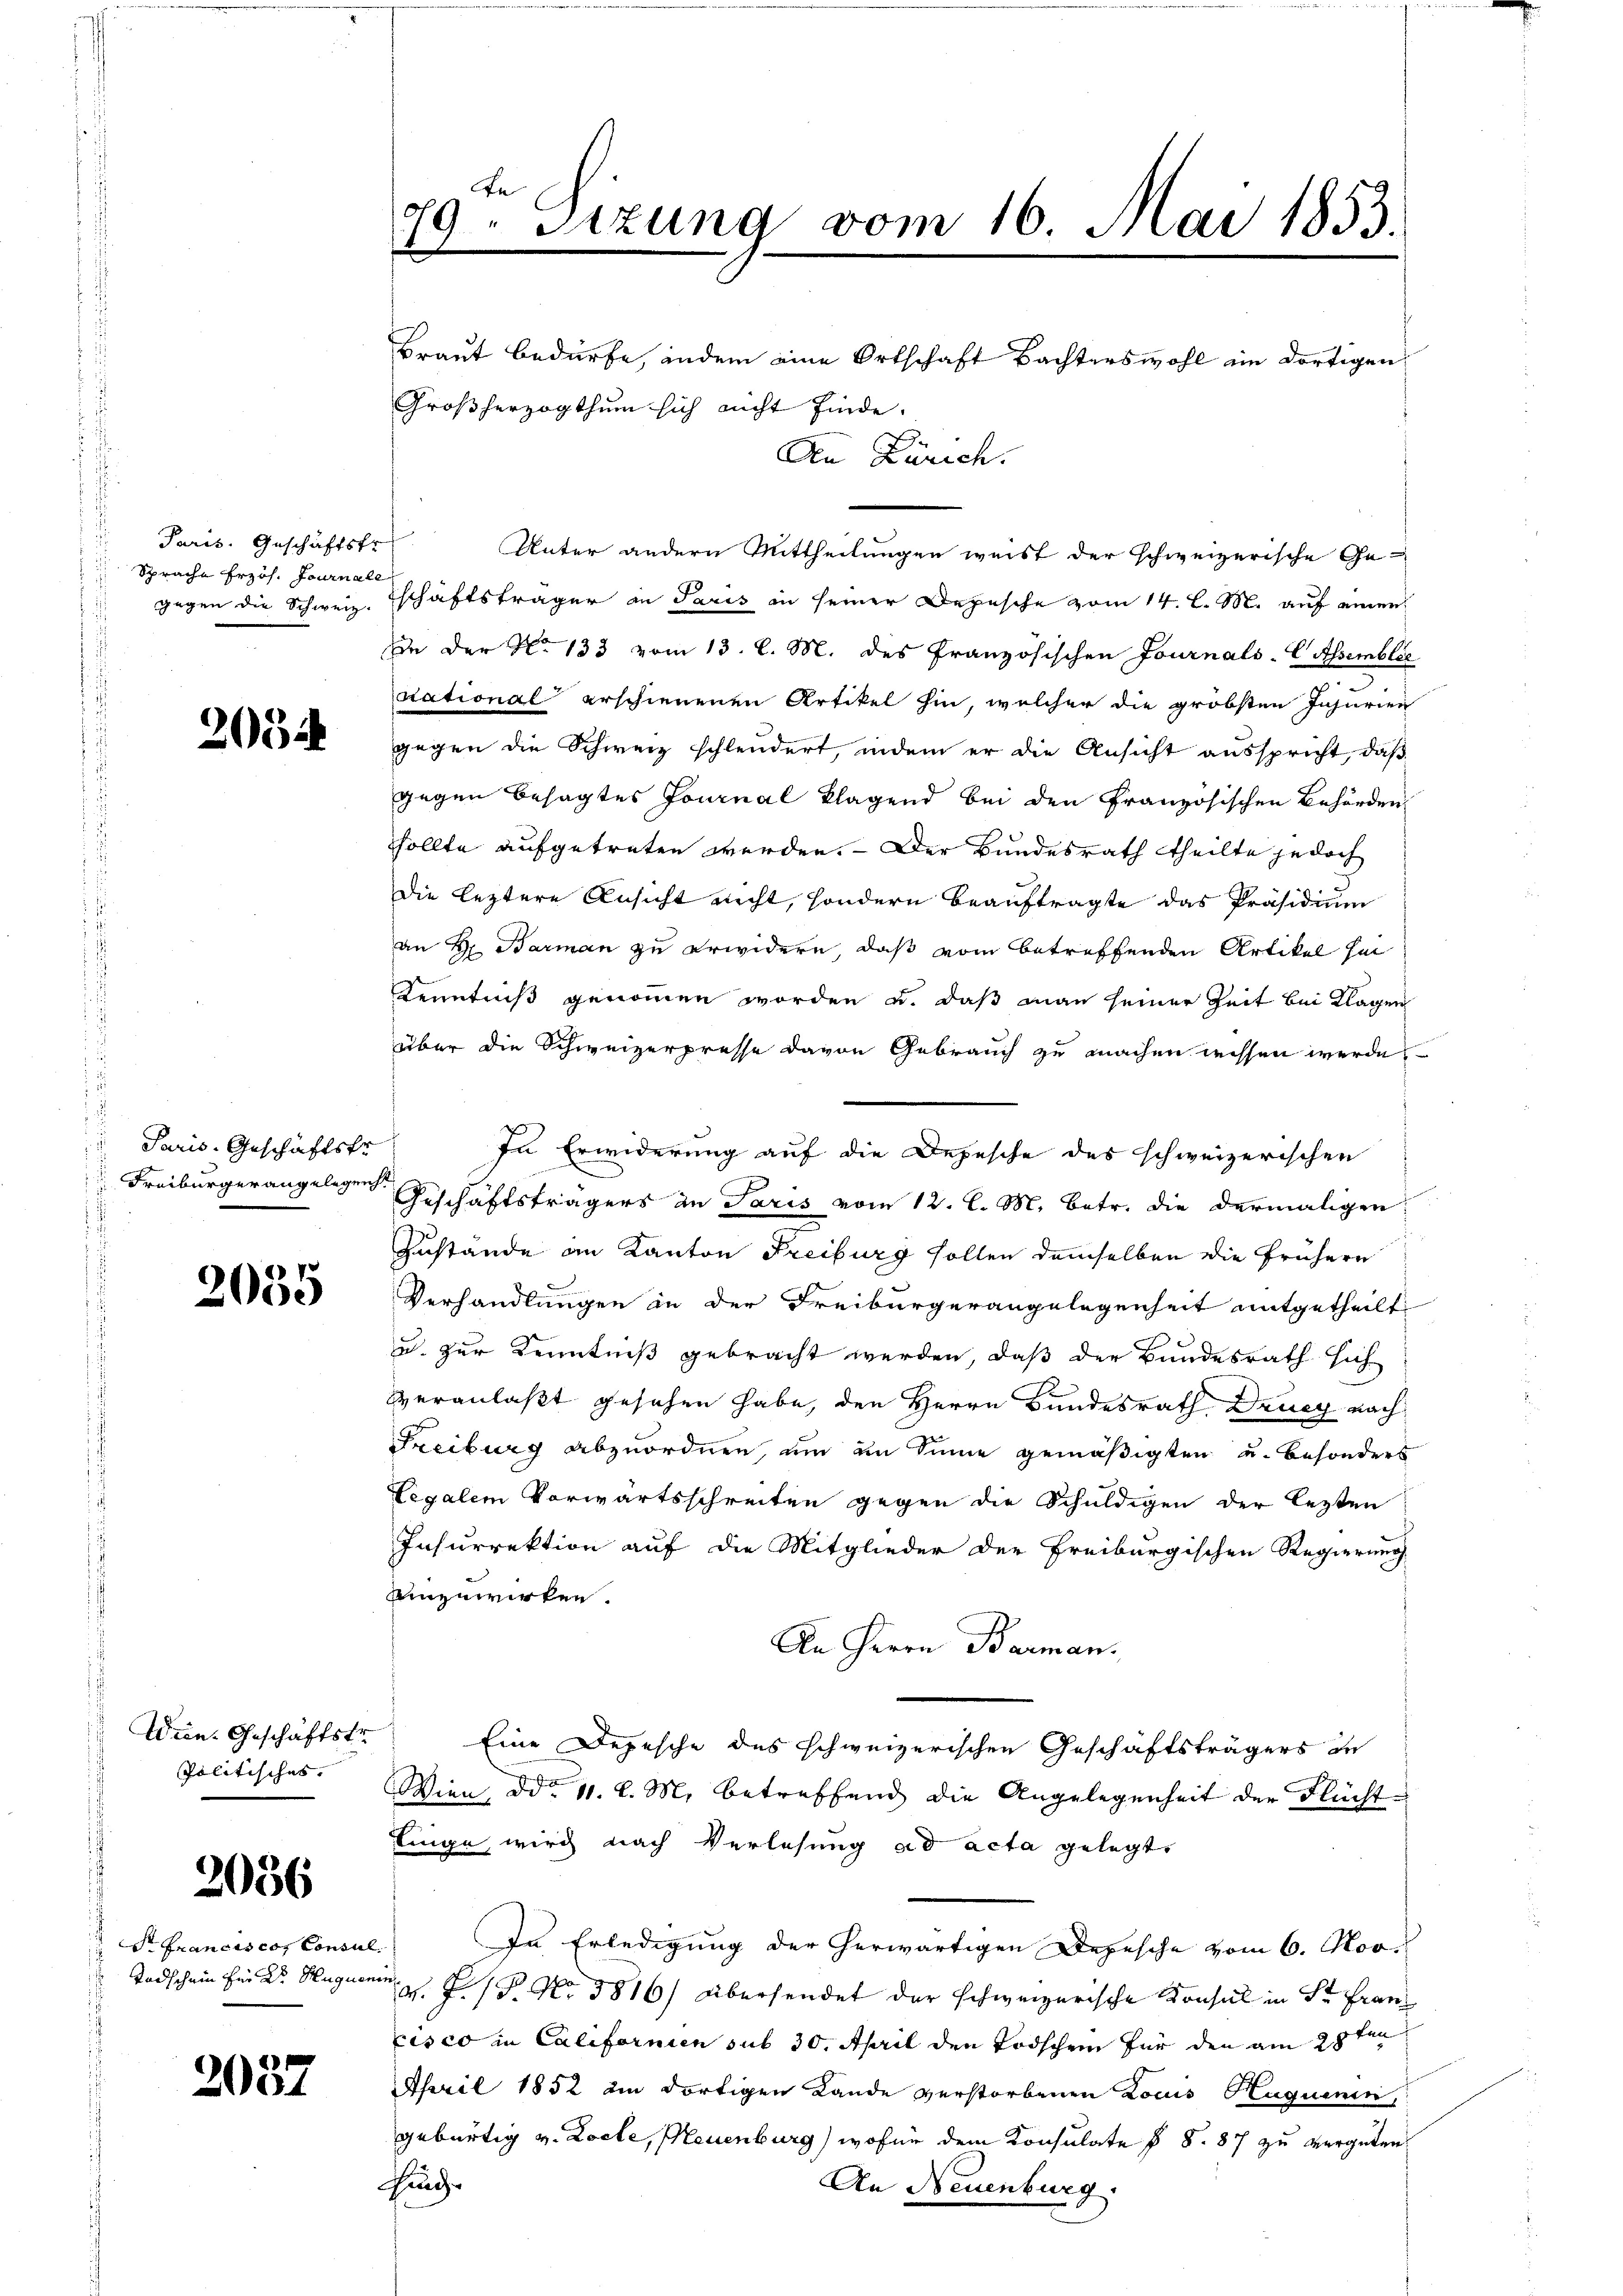
Paris. Geschäftsfr.
Sprache Erzoh. Journale

203

Paris-Geschäftstr

2035

Wein. Geschäftstr
Politisches.

2056

Sr Franciscor Consul

2057

Braut bedürfe, indem eine Ortschaft Bachterswohl im dortigen
Großherzogthum sich nicht finde.
Den Zürich.
Unter andern Mittheilungen weist der schweizerische Ge-
gegen die Schweiz. Eschäftsträger in Paris in seiner Depesche vom 14. L. M. auf einen
In der No 133 vom 13. l. M. des Französischen Journals Cassemblic
national erschienenen Artikel hin, welcher die gröbsten Injurien
gegen die Schweiz schleudert, indem er die Ansicht ausspricht, daß
gegen besagtes Journal klagend bei den Französischen Behörden
sollte aufgetreten werden. - Der Bundesrath theilte jedoch
Die leztere Ansicht nicht, sondern Beauftragte das Präsidium
an H. Barman zu erwidern, daß vom betreffenden Artikel hei
Kenntniß genommen worden u. daß man seiner Zeit bei Klagen
über die Schweizerpresse davon Gebrauch zu machen wissen werde,
In Erwiderung auf die Depesche des schweizerischen
 Freiburgerangelegen Geschäftsträgers an Paris vom 12. l. M. betr. die dermaligen
Zustände an Kanton Freiburg sollen demselben die frühern
Verhandlungen in der Freiburgerangelegenheit mitgetheilt
u. zur Kenntniß gebracht werden, daß der Bundesrath sich
Veranlaßt gesehen habe, den Herrn Bundesrath Druch nach
Freiburg abzuordnen, um im Sinne gemäßigten u. besonders
Legalem Vorwärtsschreiten gegen die Schuldigen der lezten
Insurrektion auf die Mitglieder der Freiburgischen Regierung
einzuwirken.
An Herrn Barman.
Eine Depesche des schweizerischen Geschäftsträgers in
Wien, od. 11. l. M. betreffend die Angelegenheit der Flüchtlinge, wird nach Verlesung ad acta gelegte
In Erledigung der herwärtigen Depesche vom 6. Nov.
Todschein Ein Dr. Hagenen P. Nr. 5816) Übersendet der schweizerische Konsul in Sr Franz
cisco in Californien sub 30. April den Todschen für den am 28ten
April 1852 in dortigen Lande verstorbenen Louis Huquinen
gebürtig v. Kocte, Neuenburg) wohne dem Konsulate § §. 87 zu vergüten,
Hing
An Neuenburg

An
79. Sizung vom 16. Mai 1853.